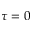
\tau = 0